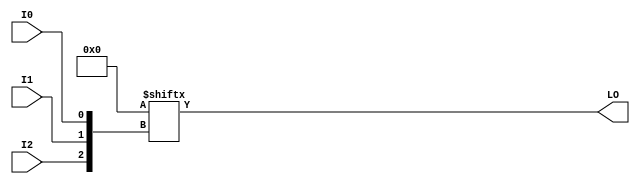
module LUT3_L (LO, I0, I1, I2);

    parameter INIT = 8'h00;

    input I0, I1, I2;

    output LO;
    reg LO;
    reg tmp;
  
    always @(  I2 or  I1 or  I0 )  begin
      tmp =  I0 ^ I1  ^ I2;
      if ( tmp == 0 || tmp == 1)
           LO = INIT[{I2, I1, I0}];
      else
           LO = lut3_mux4 ( {1'b0, 1'b0, lut3_mux4 (INIT[7:4], {I1, I0}),
                          lut3_mux4 (INIT[3:0], {I1, I0}) }, {1'b0, I2});
    end

  function lut3_mux4;
  input [3:0] d;
  input [1:0] s;

  begin
       if ((s[1]^s[0] ==1) || (s[1]^s[0] ==0))
           lut3_mux4 = d[s];
         else if ((d[0] === d[1]) && (d[2] === d[3]) && (d[0] === d[2]))
           lut3_mux4 = d[0];
         else if ((s[1] == 0) && (d[0] === d[1]))
           lut3_mux4 = d[0];
         else if ((s[1] == 1) && (d[2] === d[3]))
           lut3_mux4 = d[2];
         else if ((s[0] == 0) && (d[0] === d[2]))
           lut3_mux4 = d[0];
         else if ((s[0] == 1) && (d[1] === d[3]))
           lut3_mux4 = d[1];
         else
           lut3_mux4 = 1'bx;
   end
   endfunction

endmodule